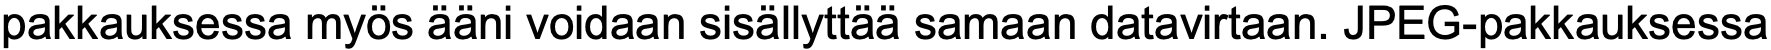
pakkauksessa myös ääni voidaan sisällyttää samaan datavirtaan. JPEG-pakkauksessa